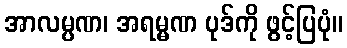
အာလမ္ပဏ၊ အရမ္မဏ ပုဒ်ကို ဖွင့်ပြပုံ။